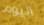
اليوم